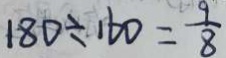
1 8 0 \div 1 6 0 = \frac { 9 } { 8 }